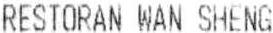
RESTORAN WAN SHENG